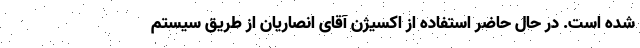
شده است. در حال حاضر استفاده از اکسیژن آقای انصاریان از طریق سیستم